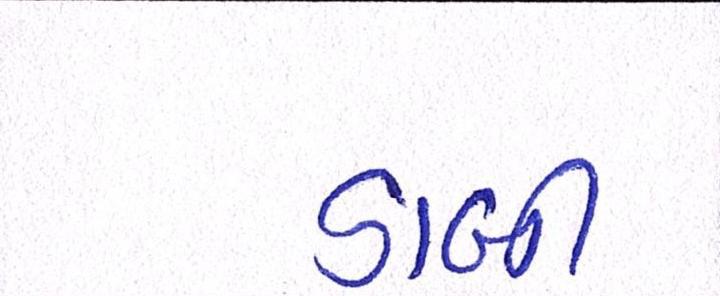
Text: ડાબી